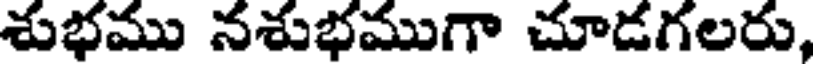
శుభము నశుభముగా చూడగలరు,